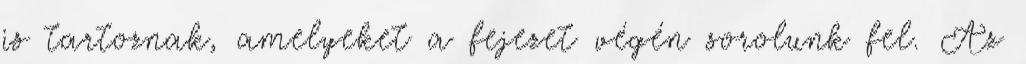
is tartoznak, amelyeket a fejezet végén sorolunk fel. Az